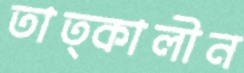
তাত্কালীন